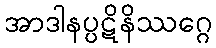
အာဒါနပ္ပဋိနိဿဂ္ဂေ